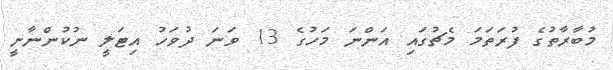
މުބާރާތުގެ ފުރަތަމަ މެޗުގައި އަންނަ މަހުގެ 13 ވަނަ ދުވަހު އިޓަލީ ނުކުންނާނީ